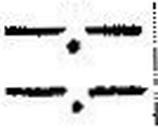
—.—